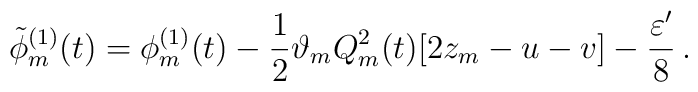
\tilde\phi_m^{(1)}(t)=\phi_m^{(1)}(t)-\frac{1}{2}\vartheta_mQ_m^2(t)[2z_m-u-v]-\frac{\varepsilon'}{8}\,.